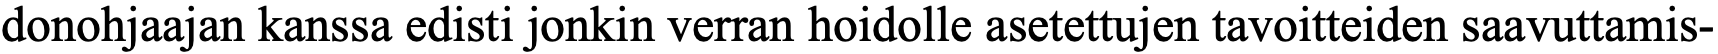
donohjaajan kanssa edisti jonkin verran hoidolle asetettujen tavoitteiden saavuttamis-